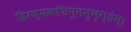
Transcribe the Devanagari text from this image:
हिरण्यकशिपुतनुभृग्ङंम्।